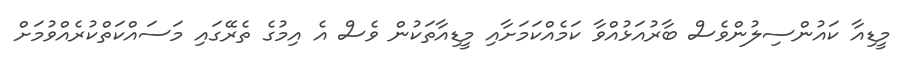
މީޑިއާ ކައުންސިލުންވެސް ބާރުއަޅުއްވާ ކަމެއްކަމަށާއި މީޑިއާތަކުން ވެސް އެ އިމުގެ ތެރޭގައި މަސައްކަތްކުރެއްވުމަށް